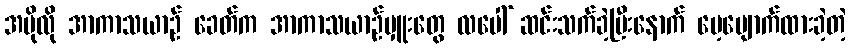
အပိုလို အာကာသယာဉ် ခေတ်က အာကာသယာဉ်မှူးတွေ လပေါ် ဆင်းသက်ခဲ့ပြီးနောက် မေ့ပျောက်ထားခဲ့တဲ့